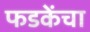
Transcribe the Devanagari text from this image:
फडकेंचा